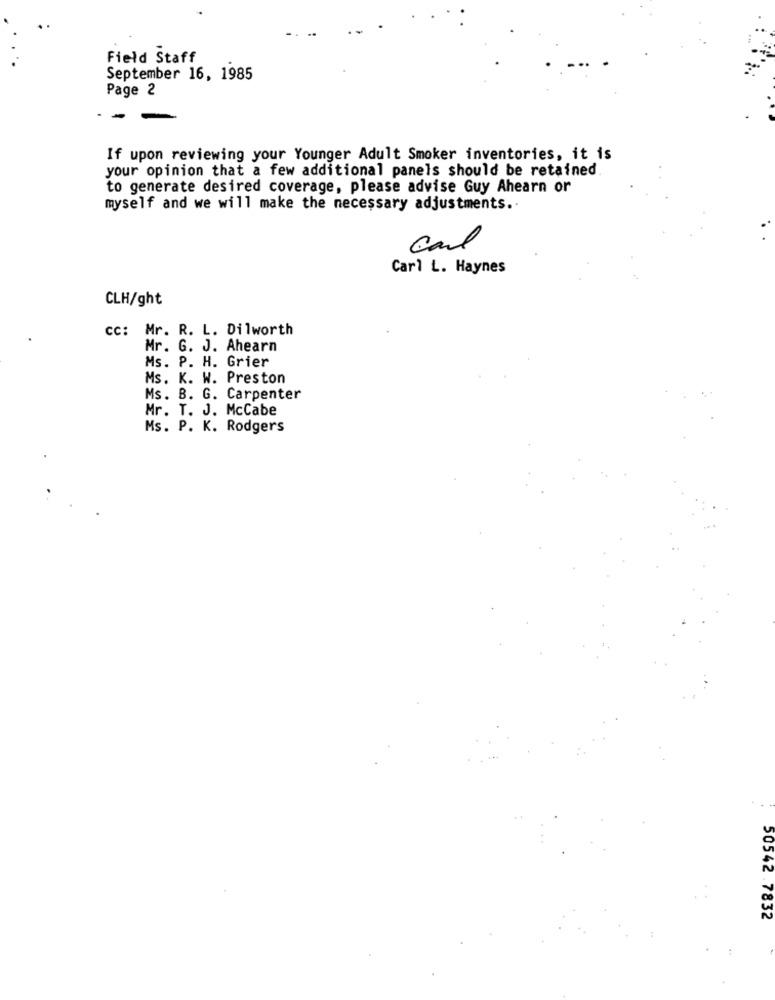
Field Staff
September 16, 1985
Page 2
If upon reviewing your Younger Adult Smoker inventories, it is
your opinion that a few additional panels should be retained.
to generate desired coverage, please advise Guy Ahearn or
myself and we will make the necessary adjustments ..
Carl
Carl L. Haynes
CLH/ght
cc: Mr. R. L. Dilworth
Mr. G. J. Ahearn
Ms. P. H. Grier
Ms. K. W. Preston
Ms. B. G. Carpenter
Mr. T. J. McCabe
Ms. P. K. Rodgers
50542 .7832